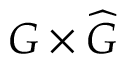
G \times { \widehat { G } }